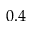
0 . 4